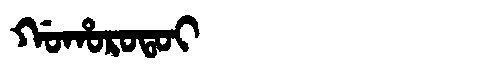
Manchu: ᡤᠣᡥᠣᡵᠣᡨᠣᡳ
Romanization: GOHOROTOI